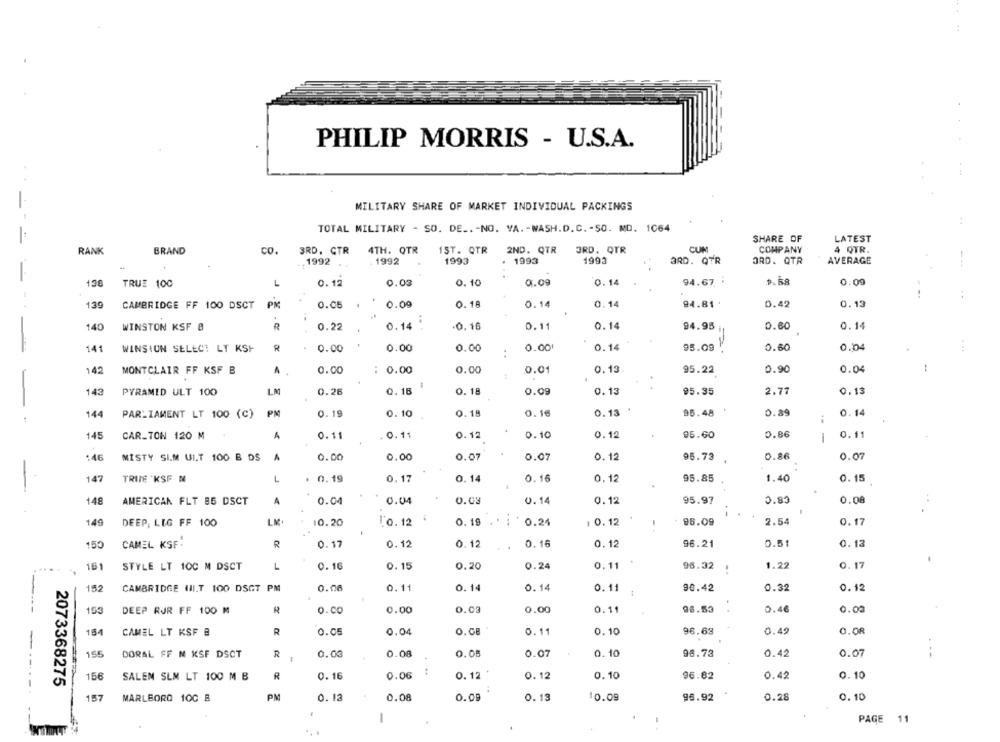
PHILIP MORRIS - U.S.A.
MILITARY SHARE OF MARKET INDIVIDUAL PACKINGS
:
TOTAL MILITARY - SO. DE ..- NO. VA. - WASH.D.C. - SO. MO. 1064
SHARE OF
LATEST
RANK
BRAND
CO.
3RD. CTR
4TH. QTR
1ST. QTR
2ND. QTR
3RD. QTR
CUM
COMPANY
4 QTR.
- 1992
1993
1993
1993
3RD. QTR
AVERAGE
.1992
ORD. QTR
198
TRUE 100
L
0.12
0.03
0. 10
9.09
0.14
94.67 :
0.09
..
139
CAMBRIDGE FF 100 DSCT PM
0.05
. 0.09
0.18
0.14
0.14
94.81 .
0.42
0.13
140
WINSTON KSF 8
R
0.22
0.14 .
-0. 16
0.11
0.14
94.95
0.60
0.14
.
141
WINSIUN SELECT LT KSH
R
0.00
0.00
0.00
0.001
0.14
95.09
0.60
0.04
....
..
142
MONTCLAIR FF KSF B
A
0.00
: 0.00
0.00
0.01
0.13
95.22
0.90
0.04
143
PYRAMID ULT 100
LM
0.26
0.16
0. 18
0.09
0.13
95.35
2.77
0.13
144
PARLIAMENT LT 100 (c)
PM
0. 19
0.10
0. 15
0.16
0.13 '
95.48
0.89
0.14
145
CAR_TON 120 M
A
0.11
0.11
0.12
0.10
0.12
95.60
0.86
1
0.11
:46
MISTY SIM UI.T 100 B DS
A
0.00
0.00
0.07
0.07
0.12
95.73
0.86
0.07
147
TRINE KSF M
L
. 0.19
0.17
0.14
0. 16
0.12
95.85
1.40
0. 15
148
AMERICAN FLT 85 DSCT
A
0.04
0.04
0.03
0.14
0.12
95.97
0.89
0.08
..
149
DEEP, LIG FF 100
LM
10.20
l'o.12
0. 19 .
0.24
1 0.12
96.09
2.54
0.17
150
CAMEL KSF:
R
0.17
0.12
0.12
0.16
0.12
96.21
0.51
0.13
0.11
1.22
0.17
161
STYLE LT 100 M DSCT
L
0.16
0.15
0.20
0.24
96.32
0.00
0.11
0.14
0.14
0.11
90.42
0.32
152
CAMBRIDGE UII.T 100 DSGT PM
1
0.12
0.00
0.03
0.00
0.11
98.53
0.46
0.00
153
DEEP RJR FF 100 M
R
0.00
154
CAMEL LT KSF B
R
0.05
0.04
O.CE
0.11
0.10
96.63
0.49
O.OR
155
DORAL FF M KSF DSCT
R
0.03
0.08
0.05
0.07
0.10
98.73
0.42
0.07
156
R
0.16
0.06
0. 12
0.12
0.10
96.82
0.42
0.10
2073368275
SALEM SLM LT 100 M B
-----.
157
MARLBORO 100 B
PM
0. 13
0.08
0.09
0.13
10.09
96.92
0.28
0.10
-
PAGE
11